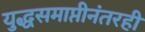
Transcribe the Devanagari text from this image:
युद्धसमाप्तीनंतरही